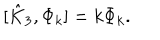
[ \hat { K } _ { 3 } , \Phi _ { k } ] = k \Phi _ { k } .